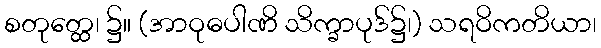
စတုတ္ထေ၊ ၌။ (အာဝုဓပါဏိ သိက္ခာပုဒ်၌၊) သရဝိကတိယာ၊